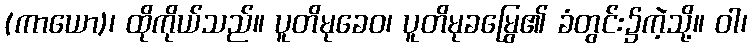
(ကာယော)၊ ထိုကိုယ်သည်။ ပူတိမုခေဝ၊ ပူတိမုခမြွေ၏ ခံတွင်း၌ကဲ့သို့။ ဝါ၊